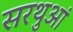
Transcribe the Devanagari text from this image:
सरथुआं